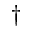
^ \dagger